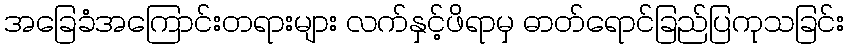
အခြေခံအကြောင်းတရားများ လက်နှင့်ဖိရာမှ ဓာတ်ရောင်ခြည်ပြကုသခြင်း